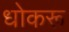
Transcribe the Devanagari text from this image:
धोकरू